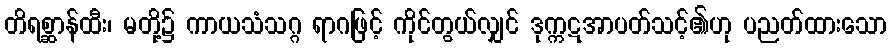
တိရစ္ဆာန်ထီး၊ မတို့၌ ကာယသံသဂ္ဂ ရာဂဖြင့် ကိုင်တွယ်လျှင် ဒုက္ကဋအာပတ်သင့်၏ဟု ပညတ်ထားသော